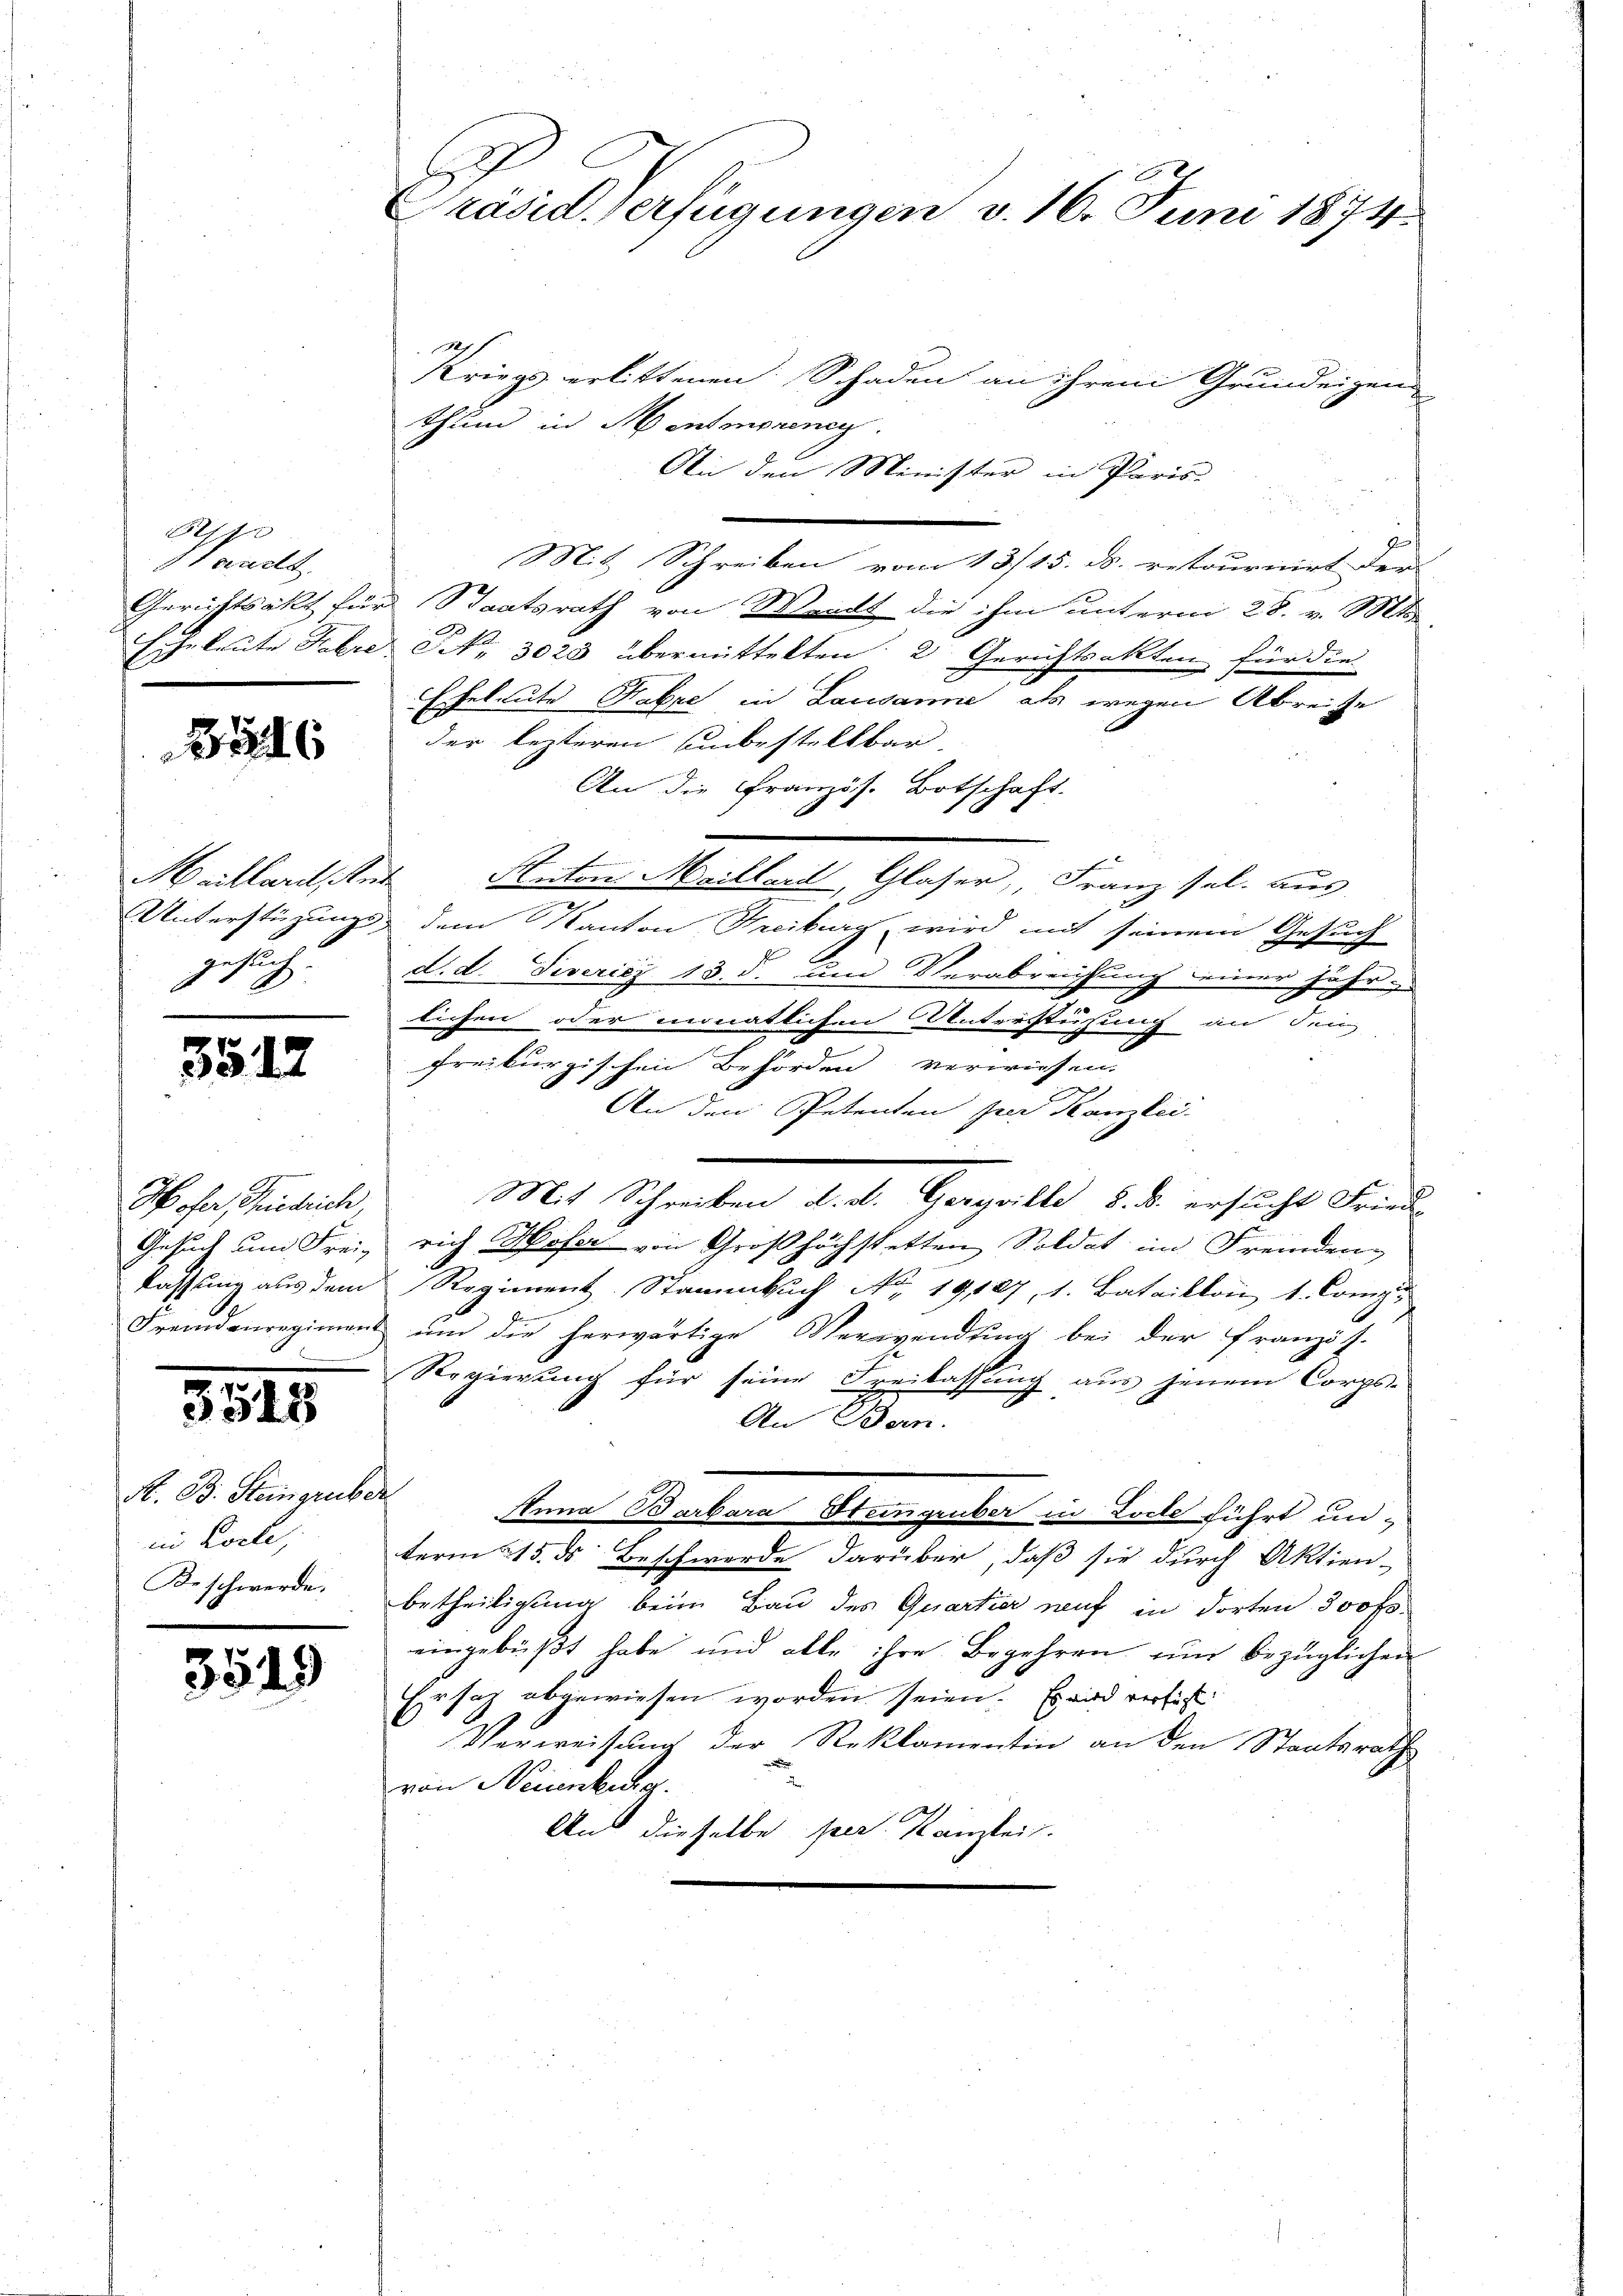
621 f
Sccarls

6

Heillaris, Ant
gesuch.

3517

Hofer, Friedrich,
Gesuch um Frei¬
Kassung aus dem
e

3545

N. B. Steingruber.
in Kolle,
Beschwerde.

3549

Präsid. Verfügungen v. 16. Juni 1874.

Kriegs erlittenen Schaden an ihrem Grundeigen
thun in Mentmoreneg
Ain den Minister in Paris.
Mit Schreiben vom 13/15. ds. retournirt der
Gerichtsakt für Staatsrath von Waadt die ihm unterm 28. v. Mts.
Echeleute Fehre Nr. 3023 übermittelten 2 Gerichtsakten für die
Eheleute Fabri in Lausanne als wegen Abreise
der lezteren unbestellbar
An die Französ. Botschaft.
Reten Mallers, Glaser, Franz sel. aus
n
Unterstüzungs dem Kanton Freiburg wird mit seinem Gesuch
d. d. Severićz 13. d. um Verabreichung einer jähr
lichen oder monatlichen Unterstüzung an Sein
freiburgischen Behörden verwiesen.
An den Petenten per Kanzlei-
Mit Schreiben diese Gerzeitte Ende ersucht Freude
rich Moser von Großhöchstetten Soldat im Fremden
Regiment Stammbach No. 19107, 1. Bataillon 1. Comp.
Fremdenregimens ŭm die herwärtige Verwendŭng bei der französ.
Regierung für seine Freilassung aus jenem Corps
An Bern.
Anna Barbara Steingruber in Loche führt unterm 215. ds Beschwerde darüber, daß sie durch Aktien-
betheiligung beim Bau des Quartier auf in dorten 300 fr.
eingebüßt habe und alle ihre Begehren und bezüglichen
Ersatz abgewiesen worden seien. Es wird verfüs
Verweisung der Reklamentin an den Staatsrath
von Neinkung.
An dieselbe per Kanzlei.